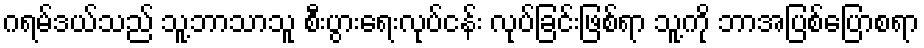
ဂရမ်ဒယ်သည် သူ့ဘာသာသူ စီးပွားရေးလုပ်ငန်း လုပ်ခြင်းဖြစ်ရာ သူ့ကို ဘာအပြစ်ပြောစရာ